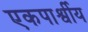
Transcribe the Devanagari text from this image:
एकपार्श्वीय